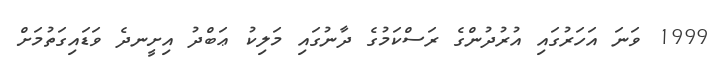
1999 ވަނަ އަހަރުގައި އުރުދުންގެ ރަސްކަމުގެ ދާނުގައި މަލިކު ޢަބްދު އިށީނދެ ވަޑައިގަތުމަށް